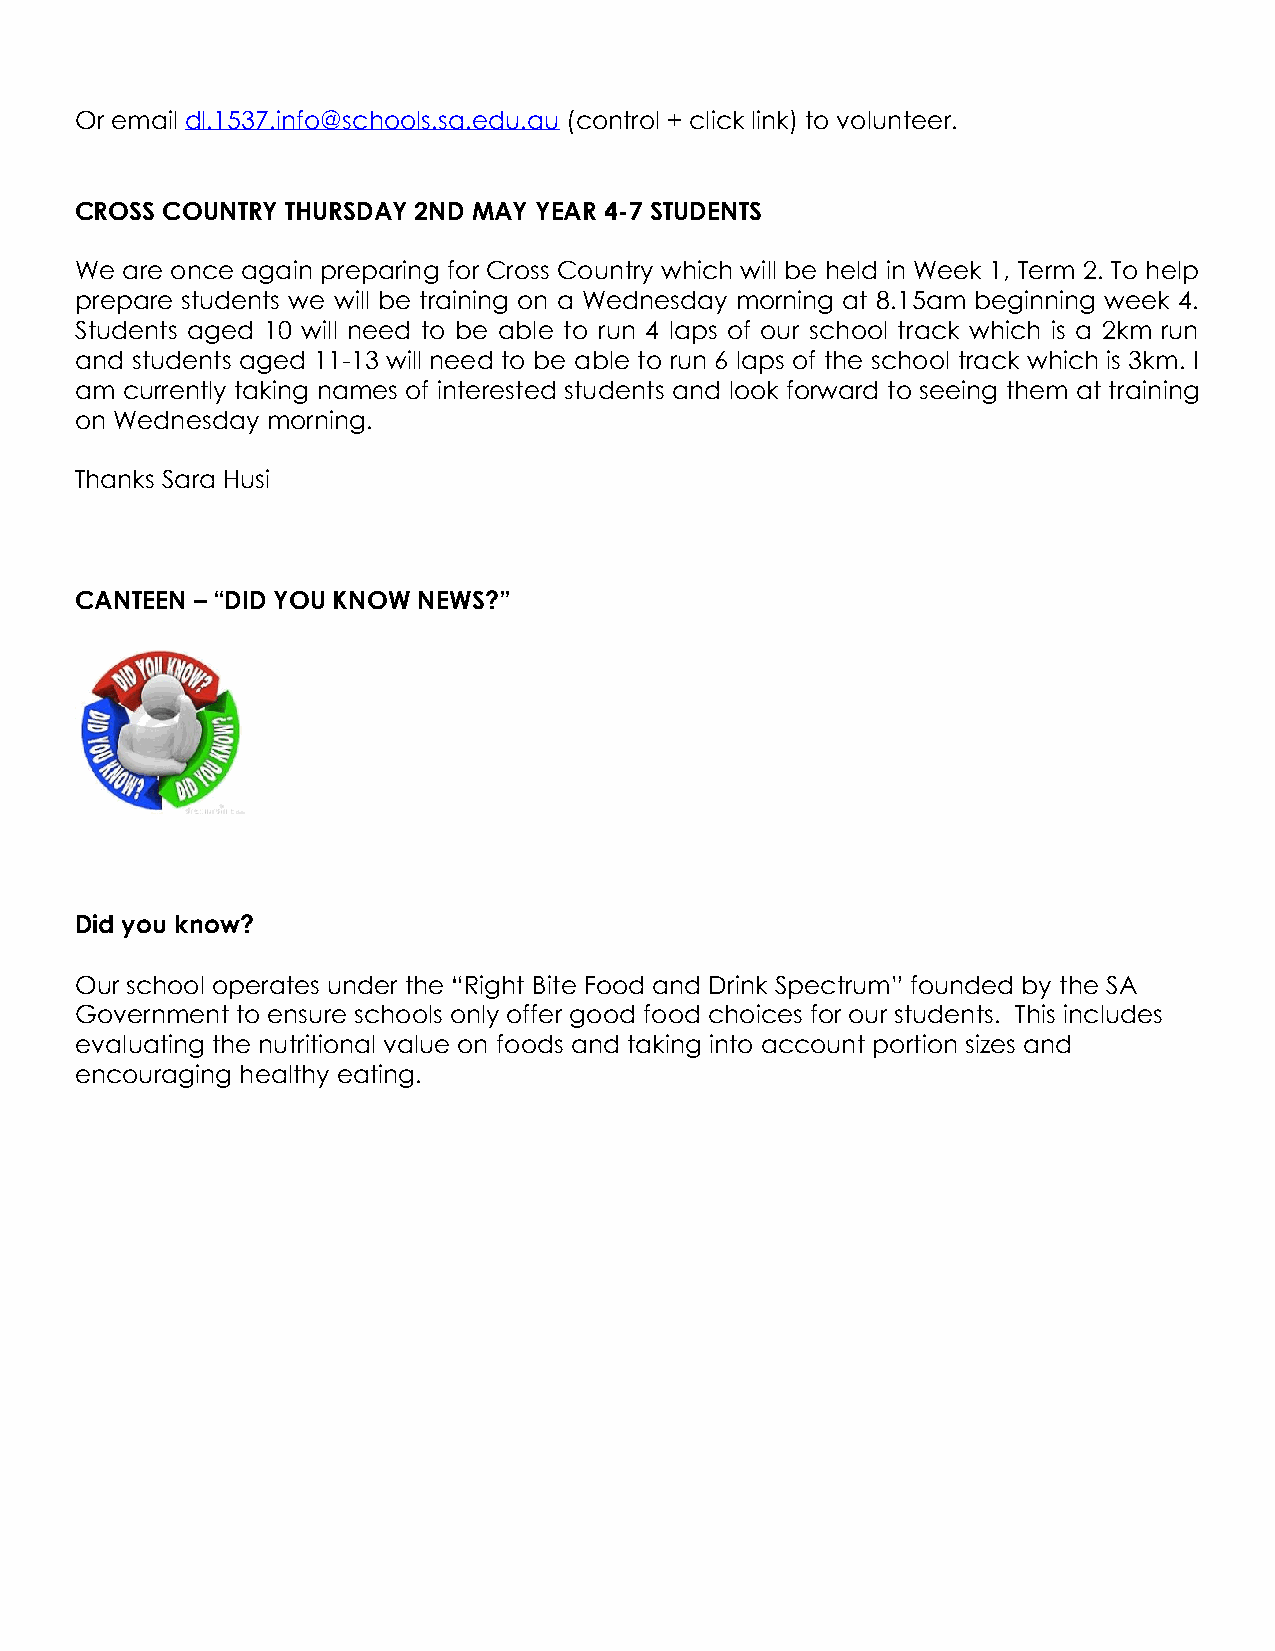
Or email dl.1537.info@schools.sa.edu.au (control + click link) to volunteer.
 CROSS COUNTRY THURSDAY 2ND MAY YEAR 4-7 STUDENTS
 We are once again preparing for Cross Country which will be held in Week 1, Term 2. To help
 prepare students we will be training on a Wednesday morning at 8.15am beginning week 4.
 Students aged 10 will need to be able to run 4 laps of our school track which is a 2km run
 and students aged 11-13 will need to be able to run 6 laps of the school track which is 3km. I
 am currently taking names of interested students and look forward to seeing them at training
 on Wednesday morning.
 Thanks Sara Husi
 CANTEEN – “DID YOU KNOW NEWS?”
 Did you know?
 Our school operates under the “Right Bite Food and Drink Spectrum” founded by the SA
 Government to ensure schools only offer good food choices for our students. This includes
 evaluating the nutritional value on foods and taking into account portion sizes and
 encouraging healthy eating.